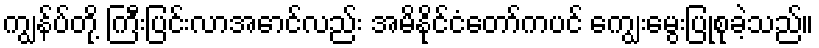
ကျွန်ပ်တို့ ကြီးပြင်းလာအောင်လည်း အမိနိုင်ငံတော်ကပင် ကျွေးမွေးပြုစုခဲ့သည်။